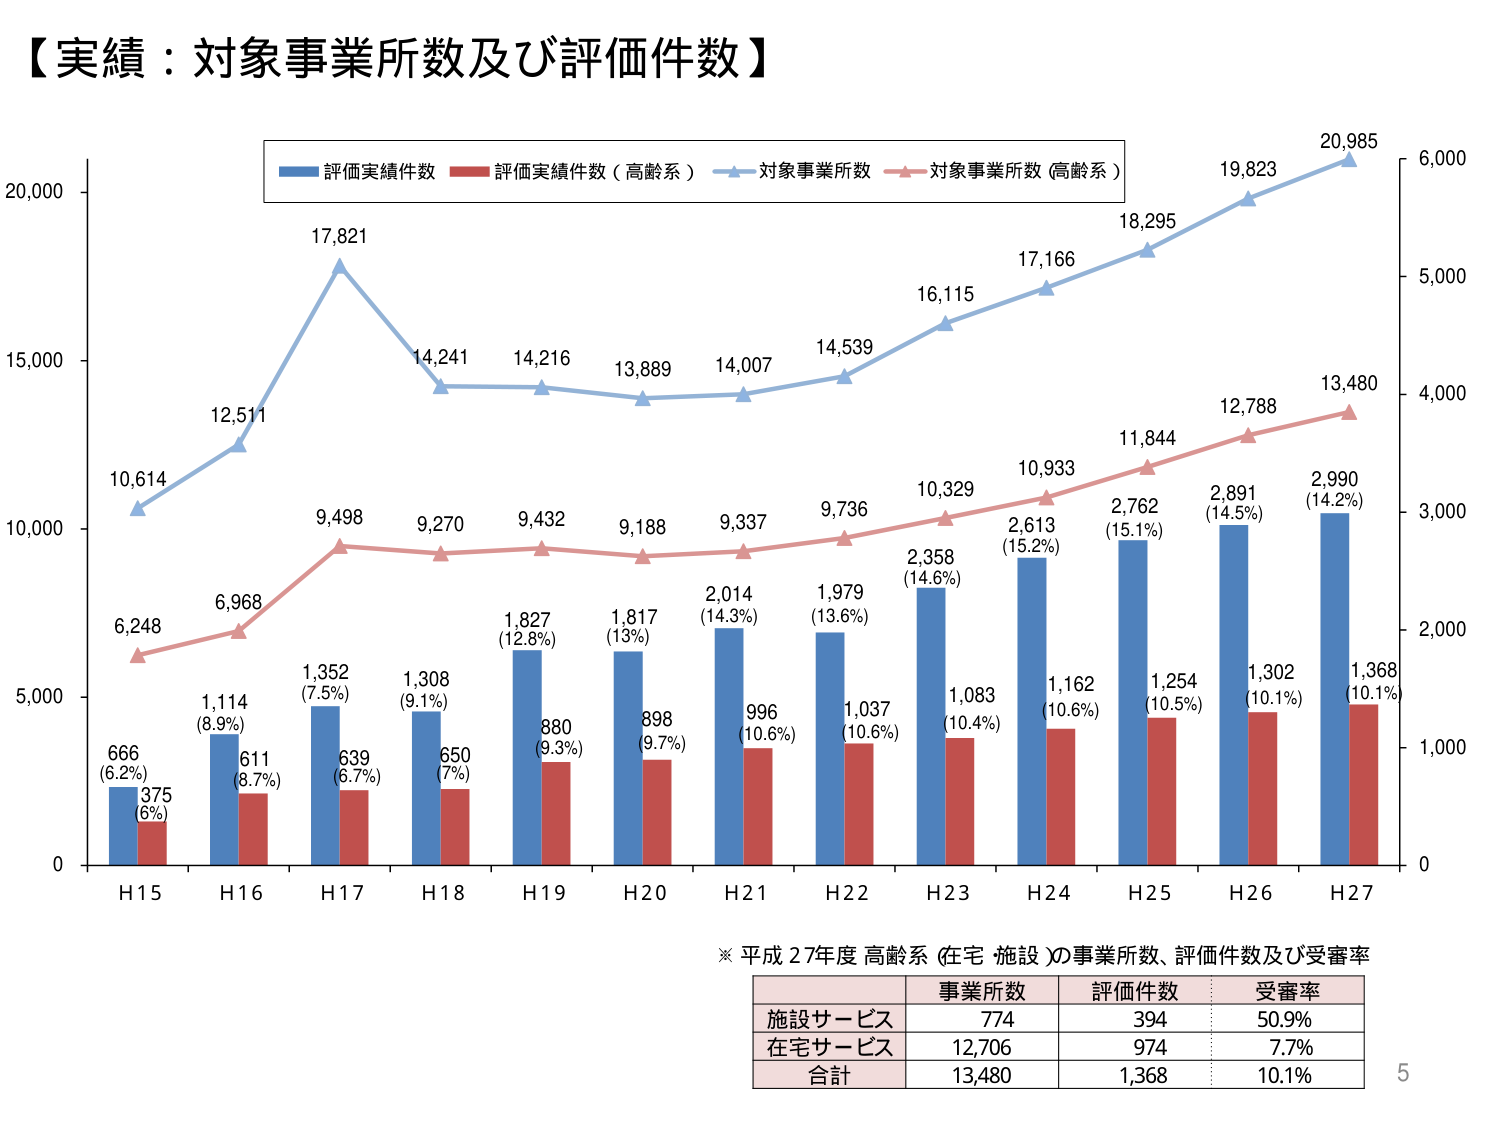
【実績：対象事業所数及び評価件数】

評価実績件数
評価実績件数（高齢系）
対象事業所数
対象事業所数（高齢系）

10,614
12,511
17,821
14,241
14,216
13,889
14,007
14,539
16,115
17,166
18,295
19,823
20,985

6,248
6,968
9,498
9,270
9,432
9,188
9,337
9,736
10,329
10,933
11,844
12,788
13,480

666
(6.2%)
375
(6%)
1,114
(8.9%)
611
(8.7%)
1,352
(7.5%)
639
(6.7%)
1,308
(9.1%)
650
(7%)
1,827
(12.8%)
880
(9.3%)
1,817
(13%)
898
(9.7%)
2,014
(14.3%)
996
(10.6%)
1,979
(13.6%)
1,037
(10.6%)
2,358
(14.6%)
1,083
(10.4%)
2,613
(15.2%)
1,162
(10.6%)
2,762
(15.1%)
1,254
(10.5%)
2,891
(14.5%)
1,302
(10.1%)
2,990
(14.2%)
1,368
(10.1%)

H15
H16
H17
H18
H19
H20
H21
H22
H23
H24
H25
H26
H27

※ 平成27年度 高齢系（在宅 施設）の事業所数、評価件数及び受審率

事業所数
評価件数
受審率

施設サービス
774
394
50.9%

在宅サービス
12,706
974
7.7%

合計
13,480
1,368
10.1%

5